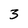
Character: 3